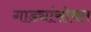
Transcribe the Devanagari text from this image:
गाड्यांसोबत